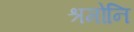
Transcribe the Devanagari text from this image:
श्रमोनि